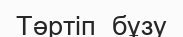
Тәртіп  бұзу